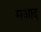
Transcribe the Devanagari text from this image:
मआद